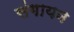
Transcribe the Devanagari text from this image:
संगायन